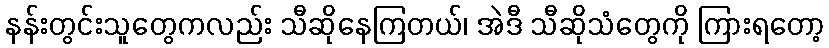
နန်းတွင်းသူတွေကလည်း သီဆိုနေကြတယ်၊ အဲဒီ သီဆိုသံတွေကို ကြားရတော့